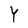
Character: Y